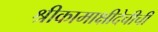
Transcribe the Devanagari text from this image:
श्रीकामाक्षीदेचीची